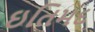
ઇતિમદ